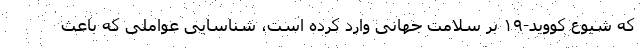
که شیوع کووید-۱۹ بر سلامت جهانی وارد کرده است، شناسایی عواملی که باعث